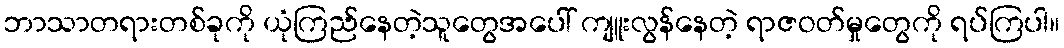
ဘာသာတရားတစ်ခုကို ယုံကြည်နေတဲ့သူတွေအပေါ် ကျူးလွန်နေတဲ့ ရာဇဝတ်မှုတွေကို ရပ်ကြပါ။